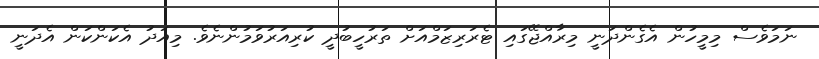
ނަމަވެސް މިމީހުން އެގެންދަނީ މިރާއްޖޭގައި ޓެރަރިޒަމްއަށް ތަރުހީބުދީ ކުރިއަރުވަމުންނެވެ. މިއަދު އެކަންކަން އެދަނީ